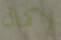
لإكمال